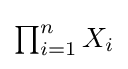
{\textstyle \prod _{i=1}^{n}X_{i}}